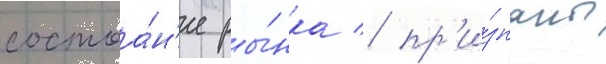
состоа́н'ие ры́нка / пр'и́знаны